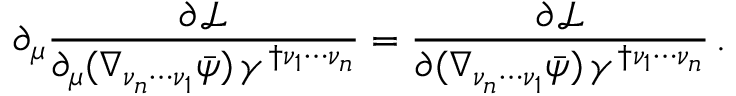
\partial _ { \mu } \frac { \partial \mathcal { L } } { \partial _ { \mu } ( \nabla _ { \nu _ { n } \cdots \nu _ { 1 } } \bar { \psi } ) \, \gamma ^ { \dagger \nu _ { 1 } \cdots \nu _ { n } } } = \frac { \partial \mathcal { L } } { \partial ( \nabla _ { \nu _ { n } \cdots \nu _ { 1 } } \bar { \psi } ) \, \gamma ^ { \dagger \nu _ { 1 } \cdots \nu _ { n } } } \, .